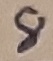
Text: 8